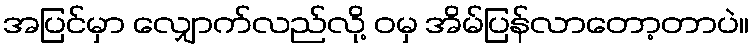
အပြင်မှာ လျှောက်လည်လို့ ဝမှ အိမ်ပြန်လာတော့တာပဲ။